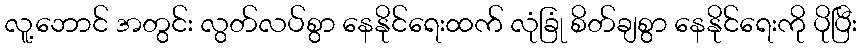
လူ့ဘောင် အတွင်း လွတ်လပ်စွာ နေနိုင်ရေးထက် လုံခြုံ စိတ်ချစွာ နေနိုင်ရေးကို ပိုပြီး